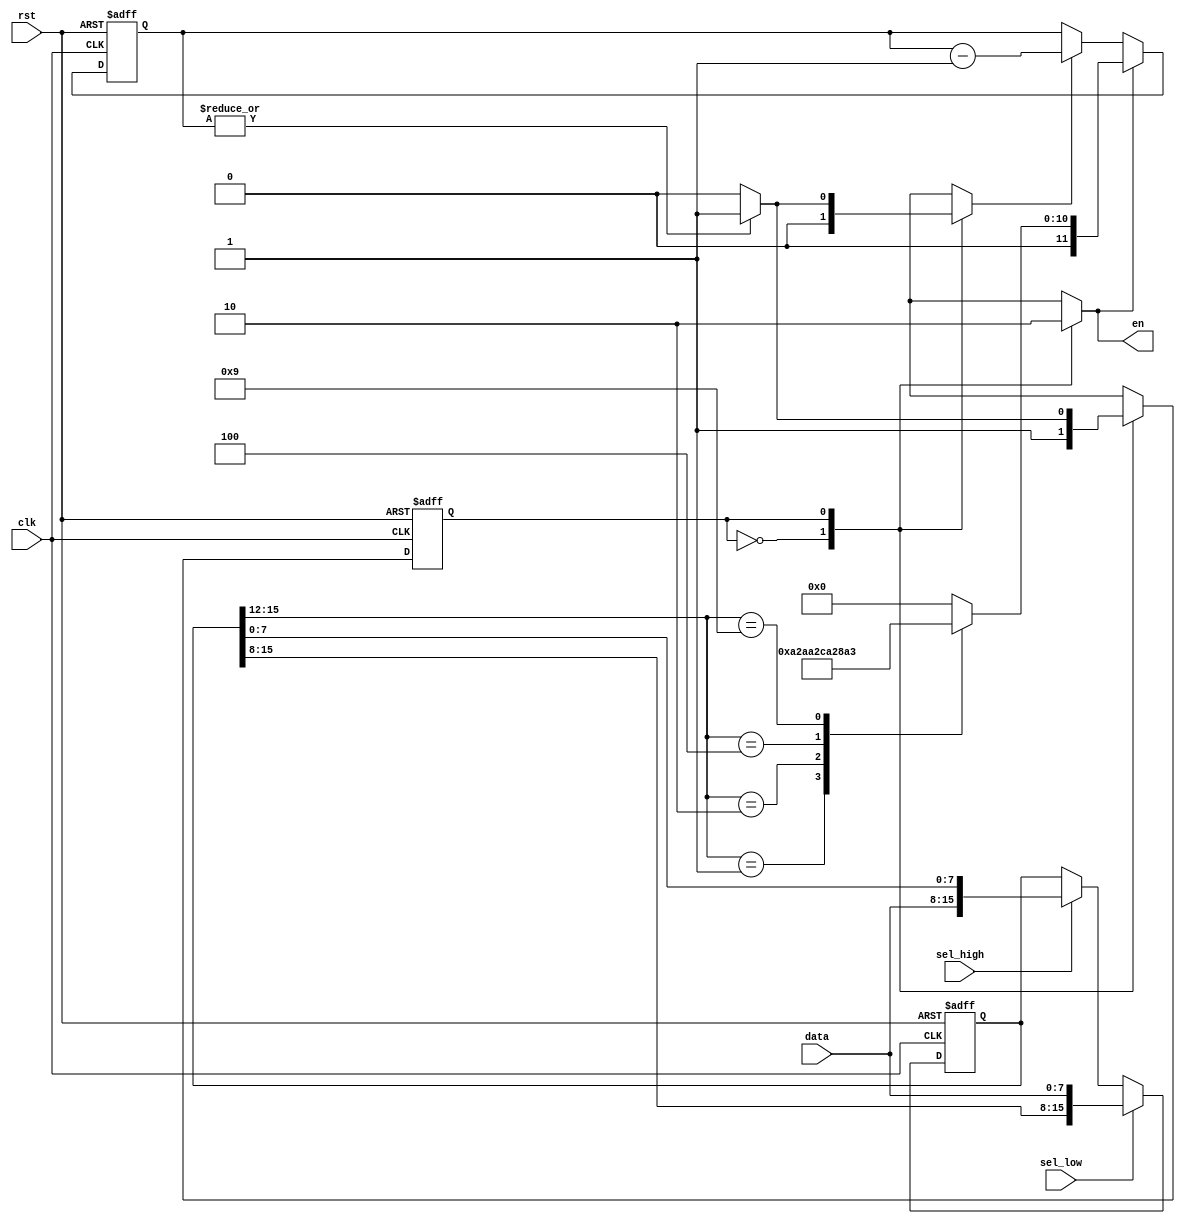
`timescale 1ns / 1ps
//////////////////////////////////////////////////////////////////////////////////
// Company: 
// Engineer: 
// 
// Design Name: 
// Module Name:    baud_rate_gen 
// Project Name: 
// Target Devices: 
// Tool versions: 
// Description: 
//
// Dependencies: 
//
// Revision: 
// Revision 0.01 - File Created
// Additional Comments: 
//
//////////////////////////////////////////////////////////////////////////////////
module baud_rate_gen(
	input clk, 
	input rst, 
	output reg en, 
	input [7:0] data, 
	input sel_low, 
	input sel_high
	);

reg [15:0] divisor_buffer;
reg state, nxt_state;
reg load_counter, en_counter;
reg [11:0] counter, counter_start;



localparam SEND_SIGNAL = 0;
localparam WAIT = 1;

always @ (posedge clk, posedge rst)
	if(rst)
		divisor_buffer <= 16'h0000;
	else if(sel_low)
		divisor_buffer <= {divisor_buffer[15:8], data};
	else if(sel_high)
		divisor_buffer <= {data, divisor_buffer[7:0]};
		
always @ (posedge clk, posedge rst)
	if(rst)
		state <= SEND_SIGNAL;
	else
		state <= nxt_state;
		
always @ (posedge clk, posedge rst)
	if(rst)
		counter <= 12'h000;
	else if(load_counter)
		counter <= counter_start;
	else if(en_counter)
		counter <= counter - 1;
		
always @ (*) begin
	counter_start = 0;
	case(divisor_buffer[15:12])
		4'h1 : counter_start = 12'h515;
		4'h2 : counter_start = 12'h28B;
		4'h4 : counter_start = 12'h145;
		4'h9 : counter_start = 12'h0A3;
	endcase
end


always @ (clk, rst, state, counter) begin
	en = 0;
	load_counter = 0;
	en_counter = 0;
	nxt_state = SEND_SIGNAL;
	case(state)
		SEND_SIGNAL : begin
			en = 1;
			load_counter = 1;
			nxt_state = WAIT;
		end
		WAIT : begin
			if(~(|counter))
				nxt_state = SEND_SIGNAL;
			else begin
				en_counter = 1;
				nxt_state = WAIT;
			end
		end
	endcase
end
endmodule